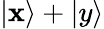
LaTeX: |\mathbf{x}\rangle+|y\rangle